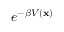
e ^ { - \beta V ( \mathbf { x } ) }